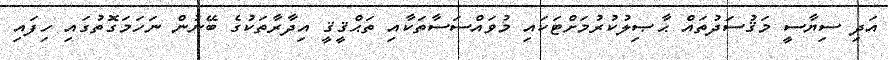
އަދި ސިޔާސީ މަޤުސަދުތައް ޙާޞިލުކުރުމަށްޓަކައި މުވައްސަސާތަކާއި ތަޙްޤީޤީ އިދާރާތަކުގެ ބޭނުން ނަހަމަގޮތުގައި ހިފައި